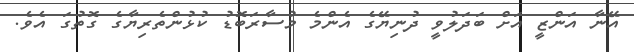
އޭނާ އަންޒީ އަށް ބަދަލުވީ ދުނިޔޭގެ އެންމެ މުސާރަބޮޑު ކުޅުންތެރިޔާގެ ގޮތުގަ އެވެ.